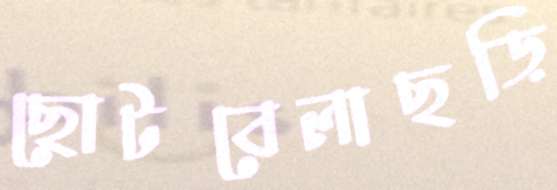
ছোটবেলাছড়ি